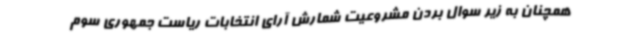
همچنان به زیر سوال بردن مشروعیت شمارش آرای انتخابات ریاست جمهوری سوم